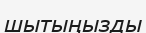
шытыңызды